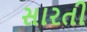
સારતી